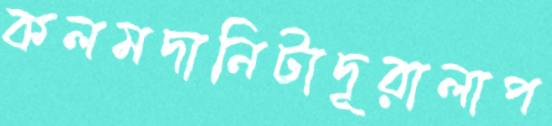
কলমদানিটাদূরালাপ